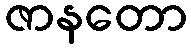
ဇာနတော